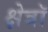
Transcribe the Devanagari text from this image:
क्षेत्रॉ